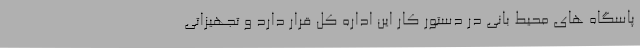
پاسگاه های محیط بانی در دستور کار این اداره کل قرار دارد و تجهیزاتی